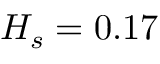
H _ { s } = 0 . 1 7